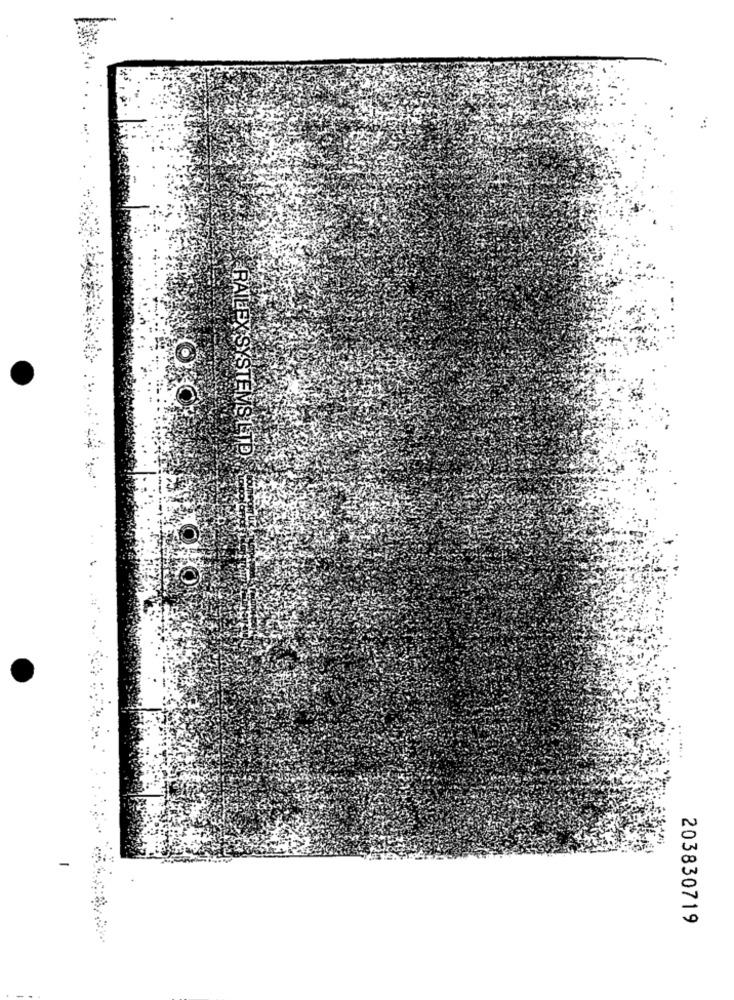
RAILEX SYSTEMS LTD
203830719